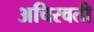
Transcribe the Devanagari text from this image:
अचिरवती